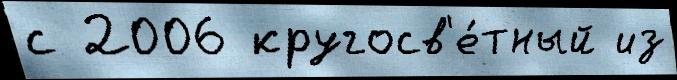
с 2006 кругосв'е́тный из